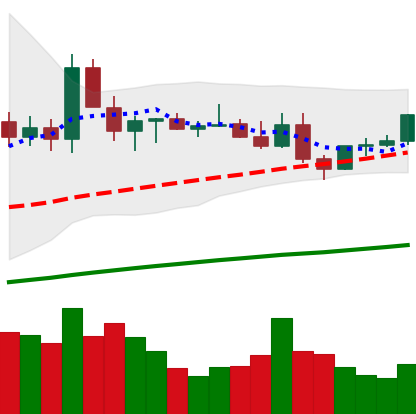
Ticker: ETC-USD
Chart end date: 2021-03-29
Forward return: 8.674%
Label: up_7plus